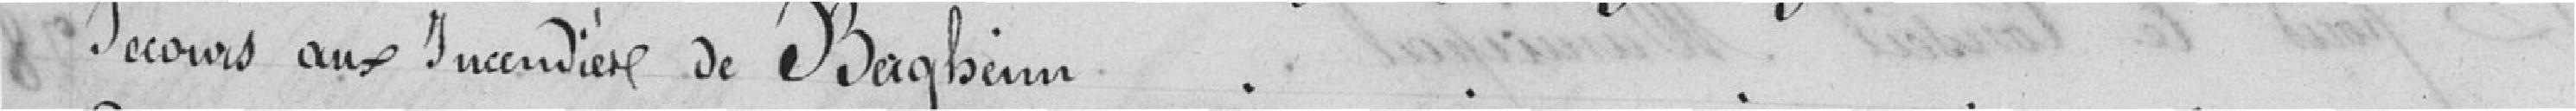
Secours aux Incendies de Bagheim